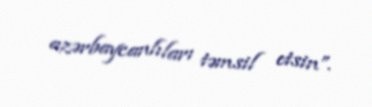
azərbaycanlıları təmsil etsin”.